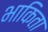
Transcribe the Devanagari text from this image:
भाकिता